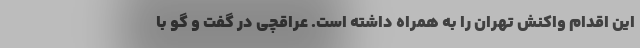
این اقدام واکنش تهران را به همراه داشته است. عراقچی در گفت و گو‌ با